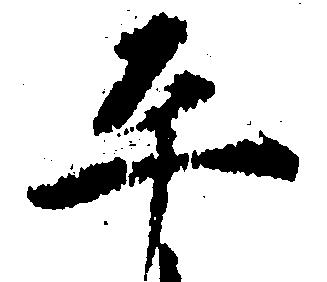
平